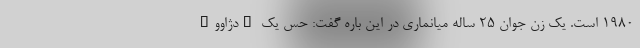
1980 است. یک زن جوان 25 ساله میانماری در این باره گفت: حس یک "دژاوو"